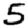
Digit: 5